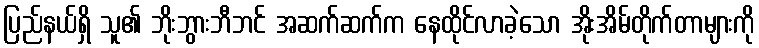
ပြည်နယ်ရှိ သူ၏ ဘိုးဘွားဘီဘင် အဆက်ဆက်က နေထိုင်လာခဲ့သော အိုးအိမ်တိုက်တာများကို